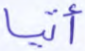
أتيا